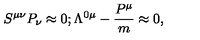
S ^ { \mu \nu } P _ { \nu } \approx 0 ; \Lambda ^ { 0 \mu } - { \frac { P ^ { \mu } } { m } } \approx 0 ,